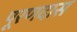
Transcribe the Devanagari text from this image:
पूरणदास